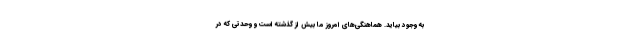
به وجود بیاید. هماهنگی‌های امروز ما بیش از گذشته است و وحدتی که در